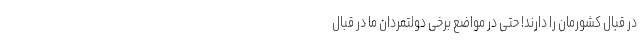
در قبال کشورمان را دارند! حتی در مواضع برخی دولتمردان ما در قبال